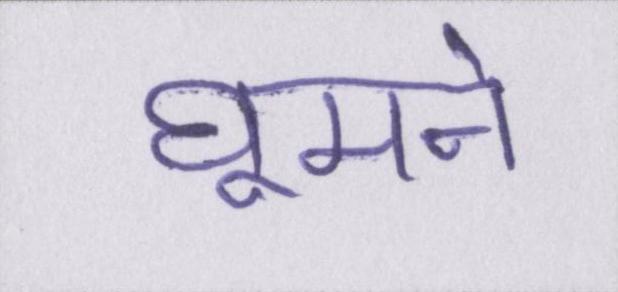
घूमने